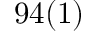
9 4 ( 1 ) \